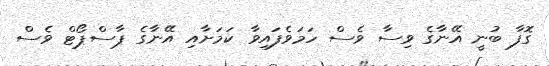
ގޮފާ ބުނީ އޭނާގެ ވިސާ ވެސް ހަމަވެފައިވާ ކަމަށާއި އޭނާގެ ޕާސްޕޯޓް ވެސް